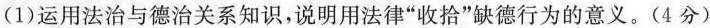
(1)运用法治与德治关系知识，说明用法律”收拾”缺德行为的意义。(4分)